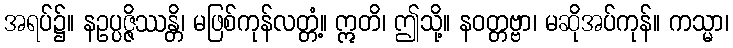
အရပ်၌။ နဥပ္ပဇ္ဇိဿန္တိ၊ မဖြစ်ကုန်လတ္တံ့။ ဣတိ၊ ဤသို့။ နဝတ္တဗ္ဗာ၊ မဆိုအပ်ကုန်။ ကသ္မာ၊